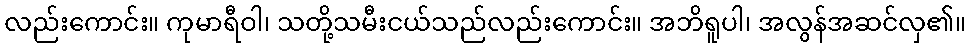
လည်းကောင်း။ ကုမာရီဝါ၊ သတို့သမီးငယ်သည်လည်းကောင်း။ အဘိရူပါ၊ အလွန်အဆင်လှ၏။